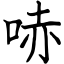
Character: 哧